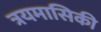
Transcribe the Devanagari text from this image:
त्रयमासिकी